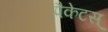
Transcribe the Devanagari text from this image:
पैकेटस्